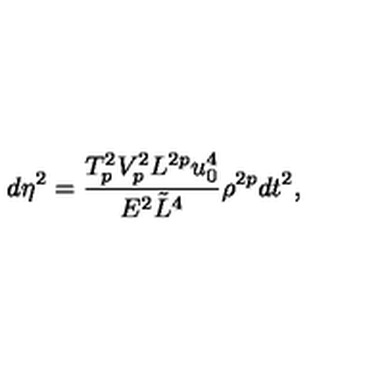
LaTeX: d \eta ^ { 2 } = { \frac { T _ { p } ^ { 2 } V _ { p } ^ { 2 } L ^ { 2 p } u _ { 0 } ^ { 4 } } { E ^ { 2 } \tilde { L } ^ { 4 } } } \rho ^ { 2 p } d t ^ { 2 } ,